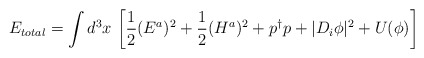
\begin{align*}E_{total} = \int d^3x \, \left [\frac{1}{2} (E^a)^2 + \frac{1}{2} (H^a)^2 +p^\dagger p +|D_i \phi|^2 + U(\phi) \right ]\end{align*}